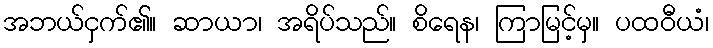
အဘယ်ငှက်၏။ ဆာယာ၊ အရိပ်သည်။ စိရေန၊ ကြာမြင့်မှ။ ပထဝီယံ၊